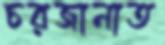
চরজানাত